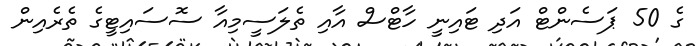
ގެ 50 ޕަސެންޓް އަދި ޓައިނީ ހާޓްސް އާއި ތެލަސީމިއާ ސޮސައިޓީގެ ތެރެއިން